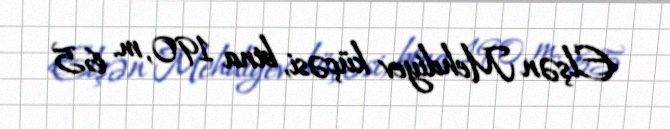
Elşən Mehdiyev küçəsi, bina 190, m. 65